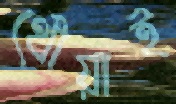
থৌয়াই